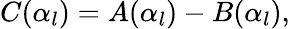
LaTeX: \begin{array}{r}{C(\alpha_{l})=A(\alpha_{l})-B(\alpha_{l}),}\end{array}